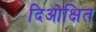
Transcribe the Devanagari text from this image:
दिओक्षित